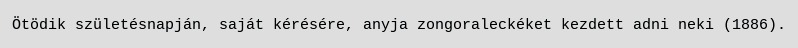
Ötödik születésnapján, saját kérésére, anyja zongoraleckéket kezdett adni neki (1886).